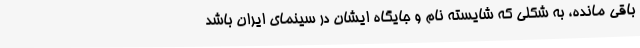
باقی مانده، به شکلی که شایسته نام و جایگاه ایشان در سینمای ایران باشد